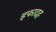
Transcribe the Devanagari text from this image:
इफादह